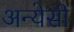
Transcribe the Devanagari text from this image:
अन्येसी